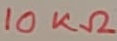
Text: 10KΩ